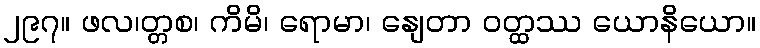
၂၉၇။ ဖလ၊တ္တစ၊ ကိမိ၊ ရောမာ၊ နျေတာ ဝတ္ထဿ ယောနိယော။